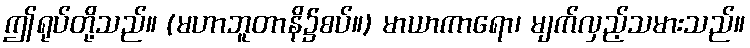
ဤရုပ်တို့သည်။ (မဟာဘူတာနိ၌စပ်။) မာယာကာရော၊ မျက်လှည့်သမားသည်။